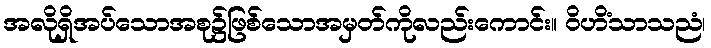
အလိုရှိအပ်သောအစု၌ဖြစ်သောအမှတ်ကိုလည်းကောင်း။ ဝိဟိံသာသညံ၊